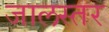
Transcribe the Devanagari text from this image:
जालस्तर